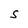
Character: S